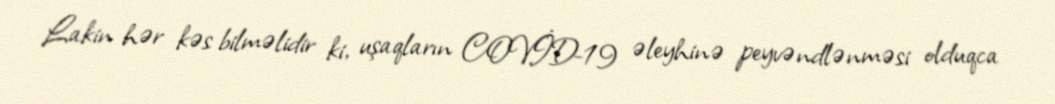
Lakin hər kəs bilməlidir ki, uşaqların COVİD-19 əleyhinə peyvəndlənməsi olduqca